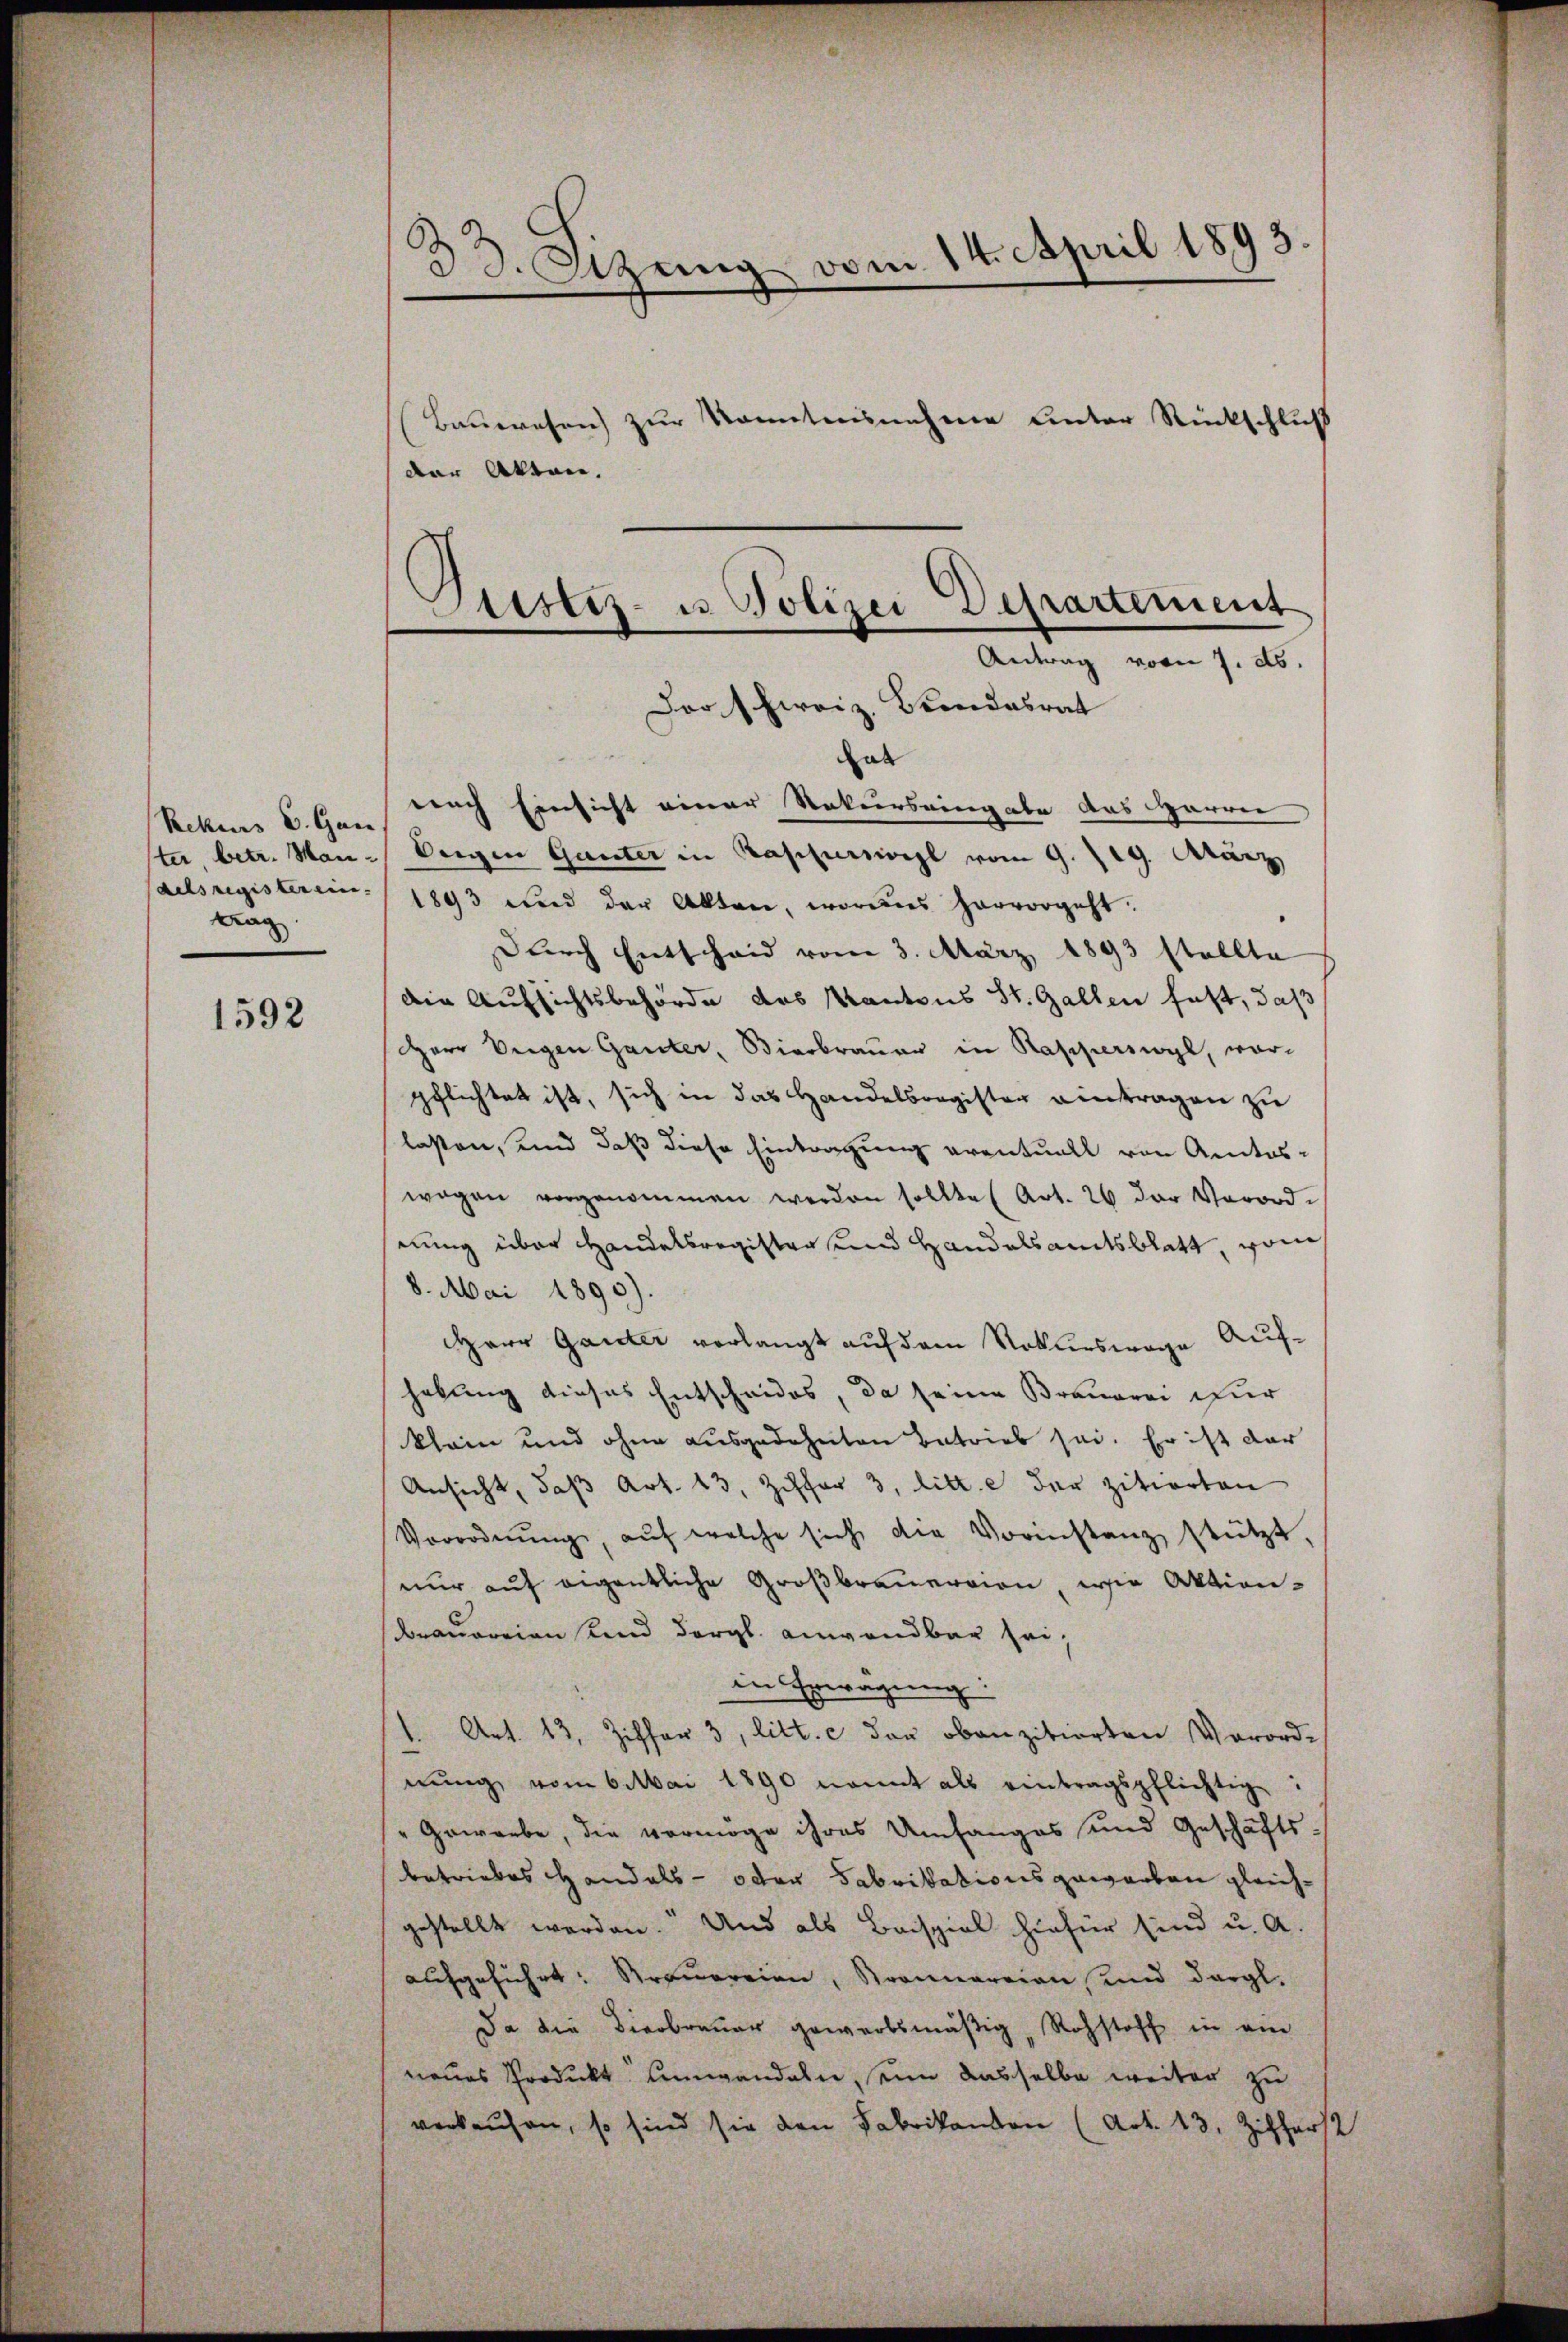
Rekens u. Gan
lng

1592

.
33. Sizung vom 14. April 1893
Bauwesen zur Kenntnisnahme unter Rückschluß
der Akt. |
.

Sistiz- u Polizei Departement
Antrag vom 7. ds.
Dor Schweiz. Bundesrat

hab
nach Einsicht einer Rekursringabe das Harren
ter betr. Man- Vergen Ganter in Kappursiegl vom 9. 19. Aturz
delsregisterein. / 1893 und der Akten, woraus hervorgeht.
Durch Entscheid vom 3. März 1893 stellte
die Aufsichtsbehörde des Kantons St. Gallen fest, daß
Herr Weigen Ganter, Bierbrauer in Rapperswyl, wor-
pflichtet ist, sich in das Handelsregister eintragen zu
lassen, und daß diese Eintragung eventuell von Amtswagen vorgenommen werden sollte (Art. 26 der Verordnung über Handelsregister und Handelsamtsblatt, vom
8. Mai 1890).
Herr Ganter verlangt auf dem Rekurswege Aufhebung dieses Entscheides, da seine Brauerei für
klain und ohne ausgedehnten Betrieb sei. Er ist dar
Ansicht, daß Art. 43, Ziffer 3. litt. e der zitierten
Verordnŭng, aŭf welche sich die Vorinstanz stützt,
nur auf eigentliche Großbrauerrion, wie Aktionbrauereien und dergl. anwendbar seiin Erwägung
1. Art. 13, Ziffer 3, litt. c der obenzitierten Verord-
nŭng vom 6. Mai 1890 nomit als eintragspflichtig:
"Gewerbe, die vermöge ihres Umfanges und Geschäftsbetriebes Handels- oder Fabrikationsgewarben gleichgestellt werden.“ Und als Beispiel hiefür sind u. A.
aufgeführt: Arquereien, Strannarrien, und dergl.
Da die Bierbrauer gewerbsmäßig, Rohstoff in ein
neues Produkt Angandeln, seine dasselbe weiter zu
verkaufen, so sind sie den Fabrikanton (Art. 13. Zifferst